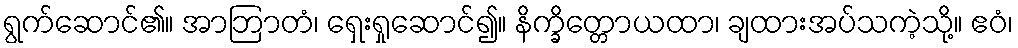
ရွက်ဆောင်၏။ အာဘြာတံ၊ ရှေးရှုဆောင်၍။ နိက္ခိတ္တောယထာ၊ ချထားအပ်သကဲ့သို့။ ဧဝံ၊